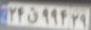
۲۴ق۹۹۴۲۹